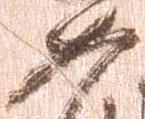
如